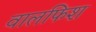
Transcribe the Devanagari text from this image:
वालफिश